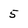
Character: 5